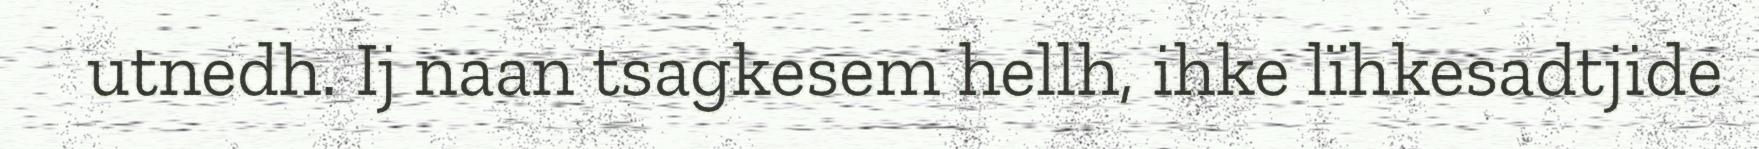
utnedh. Ij naan tsagkesem hellh, ihke lïhkesadtjide